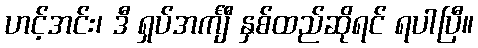
ဟင့်အင်း၊ ဒီ ရှပ်အင်္ကျီ နှစ်ထည်ဆိုရင် ရပါပြီ။